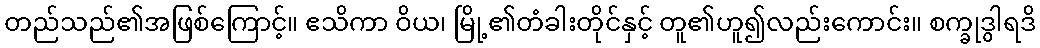
တည်သည်၏အဖြစ်ကြောင့်။ ဧသိကာ ဝိယ၊ မြို့၏တံခါးတိုင်နှင့် တူ၏ဟူ၍လည်းကောင်း။ စက္ခုဒွါရဒိ